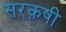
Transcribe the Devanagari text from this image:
सरक़षी